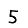
Digit: 5